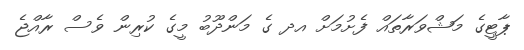
ޕާޓީގެ މަޝްވަރާތައް ފެށުމަށް އދ ގެ މަންދޫބު މީގެ ކުރިން ވެސް ރާއްޖެ